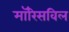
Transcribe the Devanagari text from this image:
मॉरिसविल